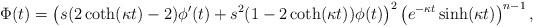
LaTeX: \begin{align*} \Phi(t)=\left(s(2\coth(\kappa t)-2)\phi'(t)+s^2(1-2\coth(\kappa t))\phi(t)\right)^2\left(e^{-\kappa t}\sinh(\kappa t)\right)^{n-1}, \end{align*}